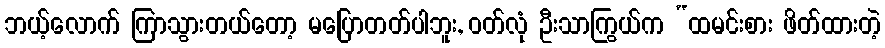
ဘယ့်လောက် ကြာသွားတယ်တော့ မပြောတတ်ပါဘူး, ဝတ်လုံ ဦးသာကြွယ်က “ထမင်းစား ဖိတ်ထားတဲ့